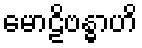
မောဠိဗန္ဓာဟိ